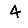
Digit: 4